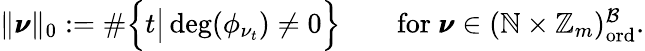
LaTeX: \begin{array}{r}{\| \pmb{\nu}\| _{0}:=\# \Big\{ t\big|\deg(\phi_{\nu_{t}})\neq 0\Big\} \qquad\mathrm{for}~\pmb{\nu}\in(\mathbb{N}\times\mathbb{Z}_{m})_{\mathrm{ord}}^{\mathcal{B}}.}\end{array}